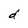
Character: d